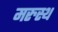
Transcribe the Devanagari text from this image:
मरुस्थ